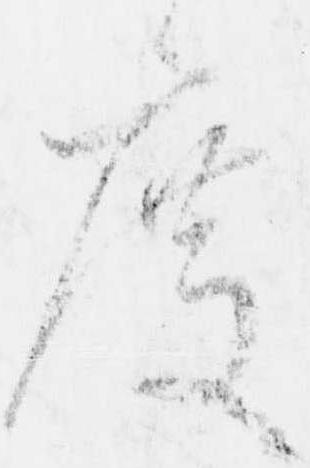
度